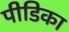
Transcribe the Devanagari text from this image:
पीडिका